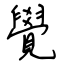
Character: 覺